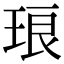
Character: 琅